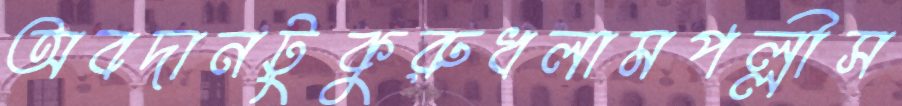
অবদানটুকুরুধলামপল্লীস